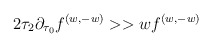
\begin{align*}{2\tau_2 \partial_{\tau_0} f^{(w, - w)} >> w f^{(w, - w)}}\end{align*}